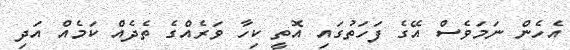
އެހެން ނަމަވެސް އޭގެ ފަހަތުގައި އޮތީ ކިހާ ވަރެއްގެ ތެދެއް ކަމެއް އަދި